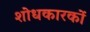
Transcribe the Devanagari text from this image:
शोधकारकों